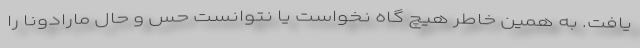
یافت. به همین خاطر هیچ گاه نخواست یا نتوانست حس و حال مارادونا را